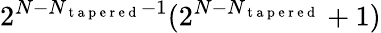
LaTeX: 2^{N-N_{\mathrm{~t~a~p~e~r~e~d~}}-1}(2^{N-N_{\mathrm{~t~a~p~e~r~e~d~}}}+1)